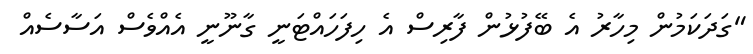
"ގަދަކަމުން މިހާރު އެ ބޭފުޅުން ފާރިސް އެ ހިފަހައްޓަނީ ގާނޫނީ އެއްވެސް އަސާސެއް